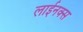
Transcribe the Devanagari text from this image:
लाईनक्स